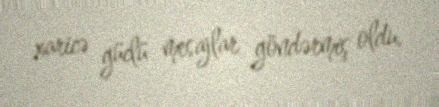
xaricə güclü mesajlar göndərmiş oldu.